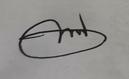
Signature authenticity: genuine